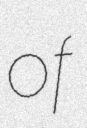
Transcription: of